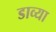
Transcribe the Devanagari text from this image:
डाव्‍या